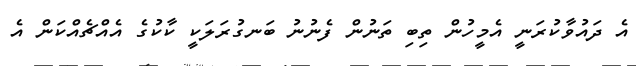
އެ ދައުވާކުރަނީ އެމީހުން ތިބި ތަނުން ފެނުނު ބަނގުރަލަކީ ކާކުގެ އެއްޗެއްކަން އެ